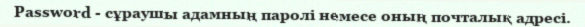
Password - сұраушы адамның паролі немесе оның почталық адресі.